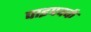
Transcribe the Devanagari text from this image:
पाइपवर्क